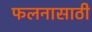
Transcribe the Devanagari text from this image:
फलनासाठी